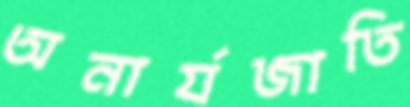
অনার্যজাতি